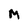
Character: M